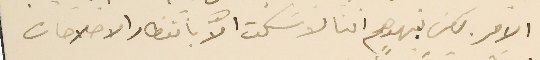
الامر. لكن نبهوهم اننا لا نسكت الّا بانتظار الاصلاحات